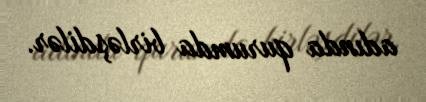
adında qurumda birləşdilər.